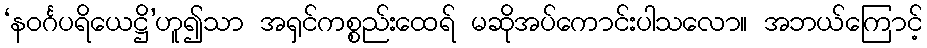
‘နဝင်္ဂပရိယေဋ္ဌိ’ဟူ၍သာ အရှင်ကစ္စည်းထေရ် မဆိုအပ်ကောင်းပါသလော။ အဘယ်ကြောင့်